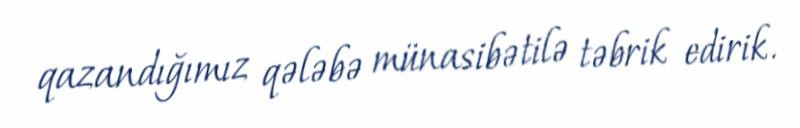
qazandığımız qələbə münasibətilə təbrik edirik.